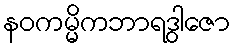
နဝကမ္မိကဘာရဒွါဇော